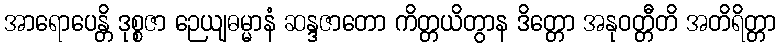
အာရောပေန္တိ ဒုစ္စဇာ ဉေယျဓမ္မာနံ ဆန္ဒဇာတော ကိတ္တယိတွာန ဒိတ္တော အနုဝတ္တီတိ အတိရိတ္တာ